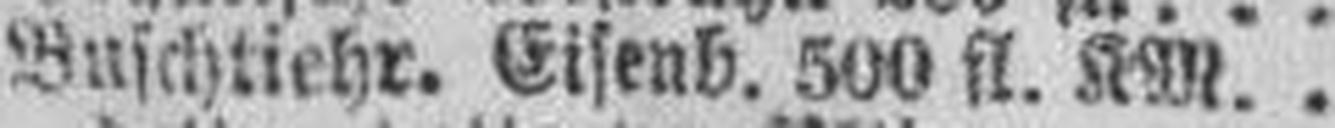
Buschtiehr. Eisenb. 500 fl. KM